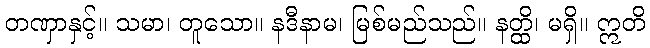
တဏှာနှင့်။ သမာ၊ တူသော။ နဒီနာမ၊ မြစ်မည်သည်။ နတ္ထိ၊ မရှိ။ ဣတိ